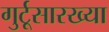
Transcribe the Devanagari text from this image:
गुर्टूसारख्या